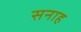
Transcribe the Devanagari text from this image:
सनाह